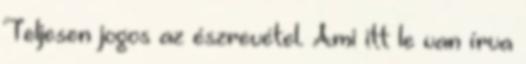
Teljesen jogos az észrevétel. Ami itt le van írva